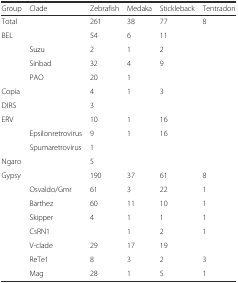
| Group | Clade | Zebrafish | Medaka | Stickleback | Tentradon |
 | --- | --- | --- | --- | --- | --- |
 | Total |  | 261 | 38 | 77 | 8 |
 | BEL |  | 54 | 6 | 11 |  |
 |  | Suzu | 2 | 1 | 2 |  |
 |  | Sinbad | 32 | 4 | 9 |  |
 |  | PAO | 20 | 1 |  |  |
 | Copia |  | 4 | 1 | 3 |  |
 | DIRS |  | 3 |  |  |  |
 | ERV |  | 10 | 1 | 16 |  |
 |  | Epsilonretrovirus | 9 | 1 | 16 |  |
 |  | Spumaretrovirus | 1 |  |  |  |
 | Ngaro |  | 5 |  |  |  |
 | Gypsy |  | 190 | 37 | 61 | 8 |
 |  | Osvaldo/Gmr | 61 | 3 | 22 | 1 |
 |  | Barthez | 60 | 11 | 10 | 1 |
 |  | Skipper | 4 | 1 | 1 | 1 |
 |  | CsRN1 |  | 1 | 2 | 1 |
 |  | V-clade | 29 | 17 | 19 |  |
 |  | ReTe1 | 8 | 3 | 2 | 3 |
 |  | Mag | 28 | 1 | 5 | 1 |